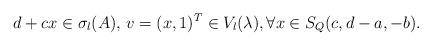
LaTeX: \begin{align*}d+cx\in \sigma_l(A),\,v=(x,1)^T\in V_l(\lambda),\forall x\in S_Q(c,d-a,-b).\end{align*}